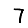
Digit: 7